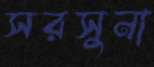
সরসুনা